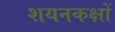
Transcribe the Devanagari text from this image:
शयनकक्षों